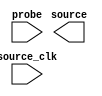
// megafunction wizard: %In-System Sources and Probes%VBB%
// GENERATION: STANDARD
// VERSION: WM1.0
// MODULE: altsource_probe 

// ============================================================
// Megafunction Name(s):
// 			altsource_probe
//
// Simulation Library Files(s):
// 			altera_mf
// ============================================================
// ************************************************************
// THIS IS A WIZARD-GENERATED FILE. DO NOT EDIT THIS FILE!
//
// 13.1.0 Internal Build 108 07/09/2013 SJ Full Version
// ************************************************************

//Copyright (C) 1991-2013 Altera Corporation
//Your use of Altera Corporation's design tools, logic functions 
//and other software and tools, and its AMPP partner logic 
//functions, and any output files from any of the foregoing 
//(including device programming or simulation files), and any 
//associated documentation or information are expressly subject 
//to the terms and conditions of the Altera Program License 
//Subscription Agreement, Altera MegaCore Function License 
//Agreement, or other applicable license agreement, including, 
//without limitation, that your use is for the sole purpose of 
//programming logic devices manufactured by Altera and sold by 
//Altera or its authorized distributors.  Please refer to the 
//applicable agreement for further details.

module hps_reset (
	probe,
	source_clk,
	source);

	input	  probe;
	input	  source_clk;
	output	[2:0]  source;

endmodule

// ============================================================
// CNX file retrieval info
// ============================================================
// Retrieval info: PRIVATE: INTENDED_DEVICE_FAMILY STRING "Cyclone V"
// Retrieval info: LIBRARY: altera_mf altera_mf.altera_mf_components.all
// Retrieval info: CONSTANT: ENABLE_METASTABILITY STRING "YES"
// Retrieval info: CONSTANT: INSTANCE_ID STRING "RST"
// Retrieval info: CONSTANT: PROBE_WIDTH NUMERIC "0"
// Retrieval info: CONSTANT: SLD_AUTO_INSTANCE_INDEX STRING "YES"
// Retrieval info: CONSTANT: SLD_INSTANCE_INDEX NUMERIC "0"
// Retrieval info: CONSTANT: SOURCE_INITIAL_VALUE STRING " 0"
// Retrieval info: CONSTANT: SOURCE_WIDTH NUMERIC "3"
// Retrieval info: USED_PORT: probe 0 0 0 0 INPUT NODEFVAL "probe"
// Retrieval info: USED_PORT: source 0 0 3 0 OUTPUT NODEFVAL "source[2..0]"
// Retrieval info: USED_PORT: source_clk 0 0 0 0 INPUT NODEFVAL "source_clk"
// Retrieval info: CONNECT: @probe 0 0 0 0 probe 0 0 0 0
// Retrieval info: CONNECT: @source_clk 0 0 0 0 source_clk 0 0 0 0
// Retrieval info: CONNECT: source 0 0 3 0 @source 0 0 3 0
// Retrieval info: GEN_FILE: TYPE_NORMAL hps_reset.v TRUE
// Retrieval info: GEN_FILE: TYPE_NORMAL hps_reset.inc FALSE
// Retrieval info: GEN_FILE: TYPE_NORMAL hps_reset.cmp FALSE
// Retrieval info: GEN_FILE: TYPE_NORMAL hps_reset.bsf FALSE
// Retrieval info: GEN_FILE: TYPE_NORMAL hps_reset_inst.v FALSE
// Retrieval info: GEN_FILE: TYPE_NORMAL hps_reset_bb.v TRUE
// Retrieval info: LIB_FILE: altera_mf